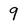
Character: 9